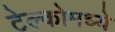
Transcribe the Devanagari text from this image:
टेल्कोमध्ये